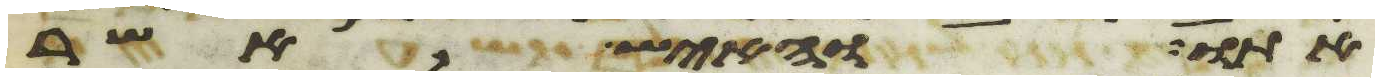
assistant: אתו והאיש אשר